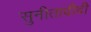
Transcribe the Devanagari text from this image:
सुनीतादीदी